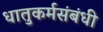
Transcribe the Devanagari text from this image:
धातुकर्मसंबंधी